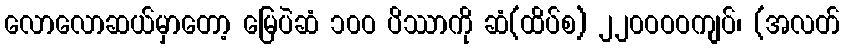
လောလောဆယ်မှာတော့ မြေပဲဆံ ၁၀ဝ ပိဿာကို ဆံ(ထိပ်စ) ၂၂၀ဝဝဝကျပ်၊ (အလတ်